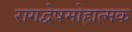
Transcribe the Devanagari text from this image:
रागद्वेषमोहात्मक